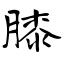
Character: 膝